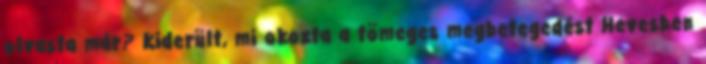
olvasta már? Kiderült, mi okozta a tömeges megbetegedést Hevesben